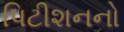
પિટીશનનો